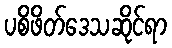
ပစိဖိတ်ဒေသဆိုင်ရာ